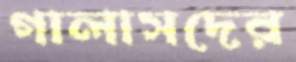
গালাসদের